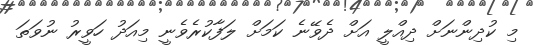
މި ކުދިންނަށް ދިއްލީ އަށް ދެވޭނެ ކަމަށް ލަފާކުރެވެނީ މިއަދު ހަވީރު ނުވަތަ